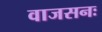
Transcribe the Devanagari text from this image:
वाजसनः